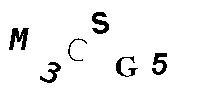
M3CSG5